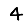
Digit: 4